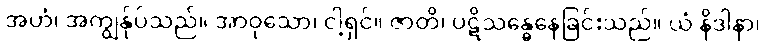
အဟံ၊ အကျွန်ုပ်သည်။ အာဝုသော၊ ငါ့ရှင်။ ဇာတိ၊ ပဋိသန္ဓေနေခြင်းသည်။ ယံ နိဒါနာ၊